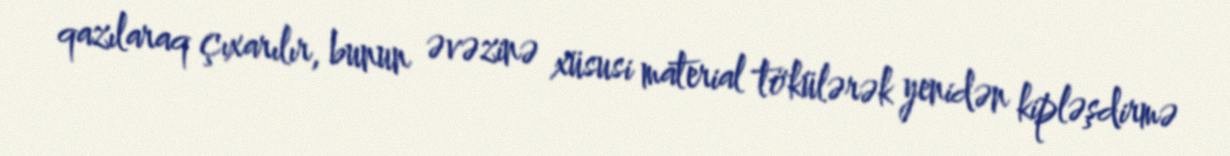
qazılaraq çıxarılır, bunun əvəzinə xüsusi material tökülərək yenidən kipləşdirmə